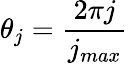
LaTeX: \theta_{j}=\frac{2\pi j}{j_{max}}